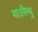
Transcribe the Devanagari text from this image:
था।सिन्धु